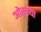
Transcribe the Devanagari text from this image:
ओसाया